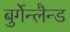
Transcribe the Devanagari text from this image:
बुर्गेन्लैन्ड